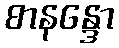
စာနန္ဒော